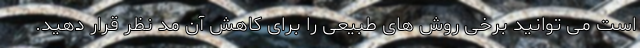
است می توانید برخی روش های طبیعی را برای کاهش آن مد نظر قرار دهید.